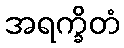
အရက္ခိတံ